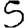
Digit: 5